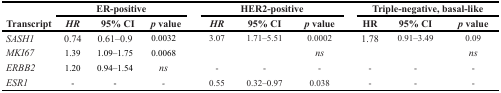
<table><thead><tr><td></td><td colspan="3"><b>ER-positive</b></td><td colspan="3"><b>HER2-positive</b></td><td colspan="3"><b>Triple-negative, basal-like</b></td></tr><tr><td><b>Transcript</b></td><td><b><i>HR</i></b></td><td><b>95% CI</b></td><td><b><i>p</i> value</b></td><td><b><i>HR</i></b></td><td><b>95% CI</b></td><td><b><i>p</i> value</b></td><td><b>HR</b></td><td><b>95% CI</b></td><td><b><i>p</i> value</b></td></tr></thead><tbody><tr><td><i>SASH1</i></td><td>0.74</td><td>0.61–0.9</td><td>0.0032</td><td>3.07</td><td>1.71–5.51</td><td>0.0002</td><td>1.78</td><td>0.91–3.49</td><td>0.09</td></tr><tr><td><i>MKI67</i></td><td>1.39</td><td>1.09–1.75</td><td>0.0068</td><td></td><td></td><td><i>ns</i></td><td></td><td></td><td><i>ns</i></td></tr><tr><td><i>ERBB2</i></td><td>1.20</td><td>0.94–1.54</td><td><i>ns</i></td><td>-</td><td>-</td><td>-</td><td>-</td><td>-</td><td>-</td></tr><tr><td><i>ESR1</i></td><td>-</td><td>-</td><td><i>-</i></td><td>0.55</td><td>0.32–0.97</td><td>0.038</td><td>-</td><td>-</td><td>-</td></tr></tbody></table>